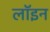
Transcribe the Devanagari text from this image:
लॉइन